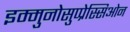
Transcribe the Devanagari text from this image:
इम्मुनोसुप्प्रेस्सिओन